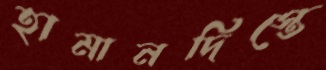
হামানদিস্তে